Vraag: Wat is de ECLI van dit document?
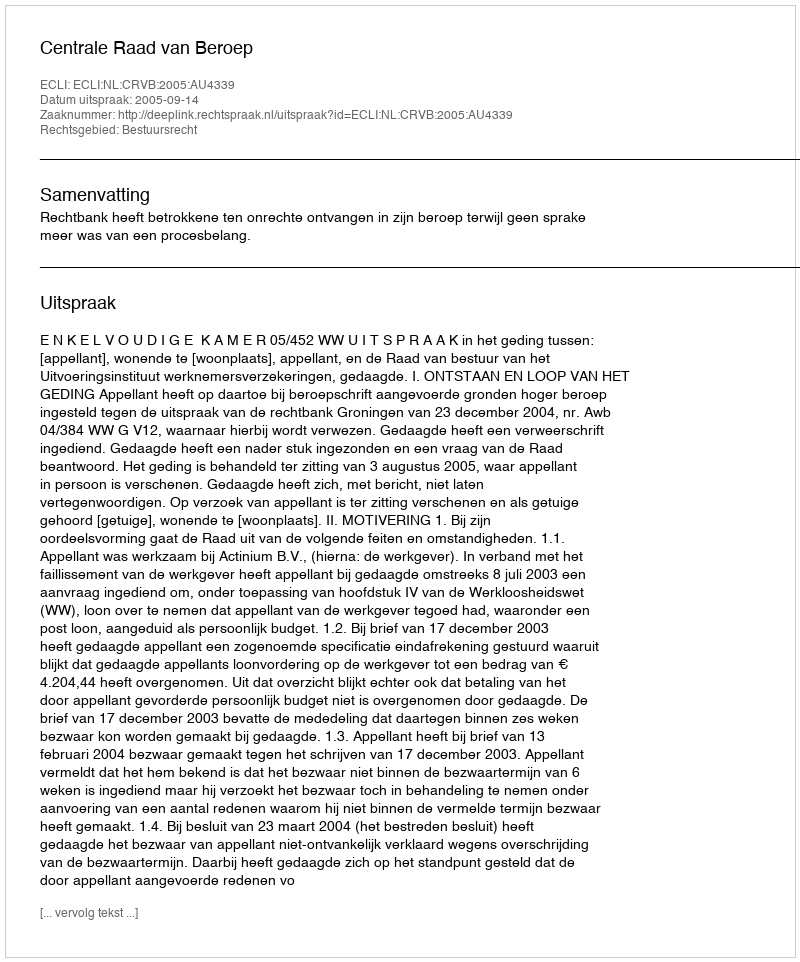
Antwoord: ECLI:NL:CRVB:2005:AU4339